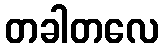
တခါတလေ